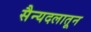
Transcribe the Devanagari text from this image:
सैन्यदलातून